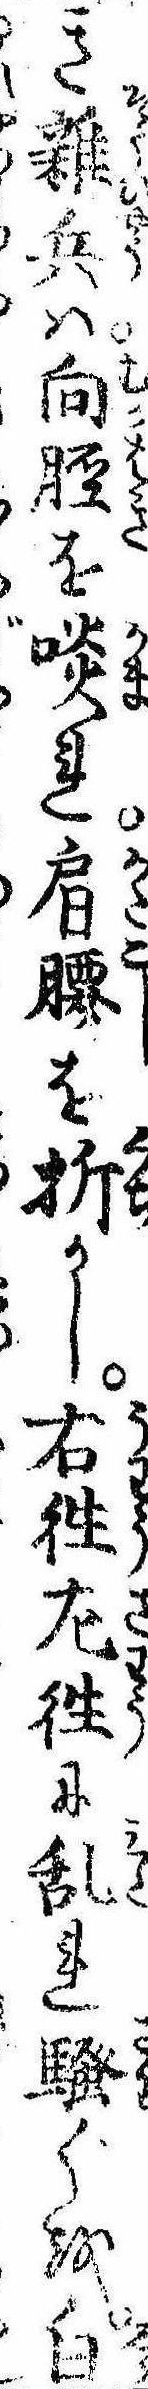
き雑兵は向脛を啖れ肩腰を折かし右往㔫往に乱れ騒ぐを白